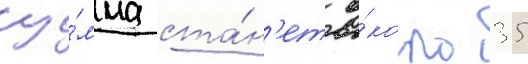
су́мма ста́н'ет о́коло 35